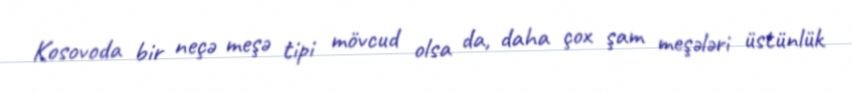
Kosovoda bir neçə meşə tipi mövcud olsa da, daha çox şam meşələri üstünlük